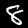
Digit: 8